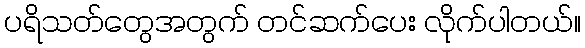
ပရိသတ်တွေအတွက် တင်ဆက်ပေး လိုက်ပါတယ်။